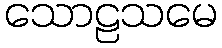
သောဠသမေ